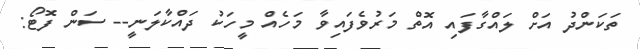
ތަކަންދު އަށް ލައްގާފައި އޮތް މަރުވެފައިވާ މަހެއް މީހަކު ދައްކާލަނީ-- ސަން ފޮޓޯ: